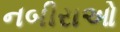
નબીરાઓ